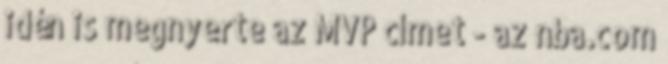
idén is megnyerte az MVP címet - az nba.com